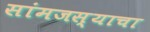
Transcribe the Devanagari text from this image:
सांमजस्याचा